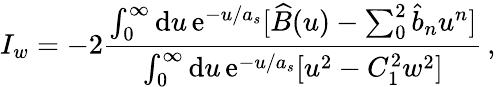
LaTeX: I_{w}=-2{\frac{\int_{0}^{\infty}\mathrm{d}u\, \mathrm{e}^{-u/a_{s}}[\widehat B(u)-\sum_{0}^{2}\hat{b}_{n}u^{n}]}{\int_{0}^{\infty}\mathrm{d}u\, \mathrm{e}^{-u/a_{s}}[u^{2}-C_{1}^{2}w^{2}]}}\, ,